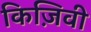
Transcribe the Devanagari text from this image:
किज़िवी